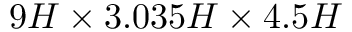
9 H \times 3 . 0 3 5 H \times 4 . 5 H